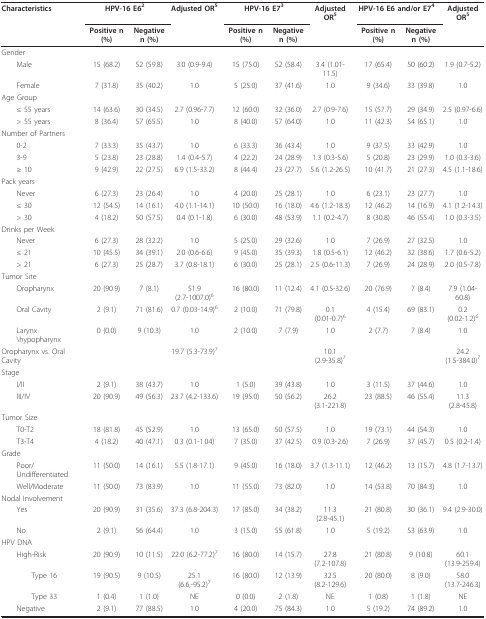
<table><thead><tr><td><b>Characteristics</b></td><td colspan="2"><b>HPV-16 E6<sup>2</sup></b></td><td><b>Adjusted OR<sup>5</sup></b></td><td colspan="2"><b>HPV-16 E7<sup>3</sup></b></td><td><b>Adjusted OR<sup>5</sup></b></td><td colspan="2"><b>HPV-16 E6 and/or E7<sup>4</sup></b></td><td><b>Adjusted OR<sup>5</sup></b></td></tr><tr><td></td><td><b>Positive n (%)</b></td><td><b>Negativen (%)</b></td><td></td><td><b>Positive n (%)</b></td><td><b>Negativen (%)</b></td><td></td><td><b>Positive n (%)</b></td><td><b>Negativen (%)</b></td><td></td></tr></thead><tbody><tr><td>Gender</td><td></td><td></td><td></td><td></td><td></td><td></td><td></td><td></td><td></td></tr><tr><td> Male</td><td>15 (68.2)</td><td>52 (59.8)</td><td>3.0 (0.9-9.4)</td><td>15 (75.0)</td><td>52 (58.4)</td><td>3.4 (1.01-11.5)</td><td>17 (65.4)</td><td>50 (60.2)</td><td>1.9 (0.7-5.2)</td></tr><tr><td> Female</td><td>7 (31.8)</td><td>35 (40.2)</td><td>1.0</td><td>5 (25.0)</td><td>37 (41.6)</td><td>1.0</td><td>9 (34.6)</td><td>33 (39.8)</td><td>1.0</td></tr><tr><td>Age Group</td><td></td><td></td><td></td><td></td><td></td><td></td><td></td><td></td><td></td></tr><tr><td> ≤ 55 years</td><td>14 (63.6)</td><td>30 (34.5)</td><td>2.7 (0.96-7.7)</td><td>12 (60.0)</td><td>32 (36.0)</td><td>2.7 (0.9-7.6)</td><td>15 (57.7)</td><td>29 (34.9)</td><td>2.5 (0.97-6.6)</td></tr><tr><td> &gt; 55 years</td><td>8 (36.4)</td><td>57 (65.5)</td><td>1.0</td><td>8 (40.0)</td><td>57 (64.0)</td><td>1.0</td><td>11 (42.3)</td><td>54 (65.1)</td><td>1.0</td></tr><tr><td>Number of Partners</td><td></td><td></td><td></td><td></td><td></td><td></td><td></td><td></td><td></td></tr><tr><td> 0-2</td><td>7 (33.3)</td><td>35 (43.7)</td><td>1.0</td><td>6 (33.3)</td><td>36 (43.4)</td><td>1.0</td><td>9 (37.5)</td><td>33 (42.9)</td><td>1.0</td></tr><tr><td> 3-9</td><td>5 (23.8)</td><td>23 (28.8)</td><td>1.4 (0.4-5.7)</td><td>4 (22.2)</td><td>24 (28.9)</td><td>1.3 (0.3-5.6)</td><td>5 (20.8)</td><td>23 (29.9)</td><td>1.0 (0.3-3.6)</td></tr><tr><td> ≥ 10</td><td>9 (42.9)</td><td>22 (27.5)</td><td>6.9 (1.5-33.2)</td><td>8 (44.4)</td><td>23 (27.7)</td><td>5.6 (1.2-26.5)</td><td>10 (41.7)</td><td>21 (27.3)</td><td>4.5 (1.1-18.6)</td></tr><tr><td>Pack years</td><td></td><td></td><td></td><td></td><td></td><td></td><td></td><td></td><td></td></tr><tr><td> Never</td><td>6 (27.3)</td><td>23 (26.4)</td><td>1.0</td><td>4 (20.0)</td><td>25 (28.1)</td><td>1.0</td><td>6 (23.1)</td><td>23 (27.7)</td><td>1.0</td></tr><tr><td> ≤ 30</td><td>12 (54.5)</td><td>14 (16.1)</td><td>4.0 (1.1-14.1)</td><td>10 (50.0)</td><td>16 (18.0)</td><td>4.6 (1.2-18.3)</td><td>12 (46.2)</td><td>14 (16.9)</td><td>4.1 (1.2-14.3)</td></tr><tr><td> &gt; 30</td><td>4 (18.2)</td><td>50 (57.5)</td><td>0.4 (0.1-1.8)</td><td>6 (30.0)</td><td>48 (53.9)</td><td>1.1 (0.2-4.7)</td><td>8 (30.8)</td><td>46 (55.4)</td><td>1.0 (0.3-3.5)</td></tr><tr><td>Drinks per Week</td><td></td><td></td><td></td><td></td><td></td><td></td><td></td><td></td><td></td></tr><tr><td> Never</td><td>6 (27.3)</td><td>28 (32.2)</td><td>1.0</td><td>5 (25.0)</td><td>29 (32.6)</td><td>1.0</td><td>7 (26.9)</td><td>27 (32.5)</td><td>1.0</td></tr><tr><td> ≤ 21</td><td>10 (45.5)</td><td>34 (39.1)</td><td>2.0 (0.6-6.6)</td><td>9 (45.0)</td><td>35 (39.3)</td><td>1.8 (0.5-6.1)</td><td>12 (46.2)</td><td>32 (38.6)</td><td>1.7 (0.6-5.2)</td></tr><tr><td> &gt; 21</td><td>6 (27.3)</td><td>25 (28.7)</td><td>3.7 (0.8-18.1)</td><td>6 (30.0)</td><td>25 (28.1)</td><td>2.5 (0.6-11.3)</td><td>7 (26.9)</td><td>24 (28.9)</td><td>2.0 (0.5-7.8)</td></tr><tr><td>Tumor Site</td><td></td><td></td><td></td><td></td><td></td><td></td><td></td><td></td><td></td></tr><tr><td> Oropharynx</td><td>20 (90.9)</td><td>7 (8.1)</td><td>51.9 (2.7-1007.0)<sup>6</sup></td><td>16 (80.0)</td><td>11 (12.4)</td><td>4.1 (0.5-32.6)</td><td>20 (76.9)</td><td>7 (8.4)</td><td>7.9 (1.04-60.8)</td></tr><tr><td> Oral Cavity</td><td>2 (9.1)</td><td>71 (81.6)</td><td>0.7 (0.03-14.9)<sup>6</sup></td><td>2 (10.0)</td><td>71 (79.8)</td><td>0.1 (0.01-0.7)<sup>6</sup></td><td>4 (15.4)</td><td>69 (83.1)</td><td>0.2 (0.02-1.2)<sup>6</sup></td></tr><tr><td> Larynx\hypopharynx</td><td>0 (0.0)</td><td>9 (10.3)</td><td>1.0</td><td>2 (10.0)</td><td>7 (7.9)</td><td>1.0</td><td>2 (7.7)</td><td>7 (8.4)</td><td>1.0</td></tr><tr><td>Oropharynx vs. Oral Cavity</td><td></td><td></td><td>19.7 (5.3-73.9)<sup>7</sup></td><td></td><td></td><td>10.1 (2.9-35.8)<sup>7</sup></td><td></td><td></td><td>24.2 (1.5-384.0)<sup>7</sup></td></tr><tr><td>Stage</td><td></td><td></td><td></td><td></td><td></td><td></td><td></td><td></td><td></td></tr><tr><td> I/II</td><td>2 (9.1)</td><td>38 (43.7)</td><td>1.0</td><td>1 (5.0)</td><td>39 (43.8)</td><td>1.0</td><td>3 (11.5)</td><td>37 (44.6)</td><td>1.0</td></tr><tr><td> III/IV</td><td>20 (90.9)</td><td>49 (56.3)</td><td>23.7 (4.2-133.6)</td><td>19 (95.0)</td><td>50 (56.2)</td><td>26.2 (3.1-221.8)</td><td>23 (88.5)</td><td>46 (55.4)</td><td>11.3 (2.8-45.8)</td></tr><tr><td>Tumor Size</td><td></td><td></td><td></td><td></td><td></td><td></td><td></td><td></td><td></td></tr><tr><td> T0-T2</td><td>18 (81.8)</td><td>45 (52.9)</td><td>1.0</td><td>13 (65.0)</td><td>50 (57.5)</td><td>1.0</td><td>19 (73.1)</td><td>44 (54.3)</td><td>1.0</td></tr><tr><td> T3-T4</td><td>4 (18.2)</td><td>40 (47.1)</td><td>0.3 (0.1-1.04)</td><td>7 (35.0)</td><td>37 (42.5)</td><td>0.9 (0.3-2.6)</td><td>7 (26.9)</td><td>37 (45.7)</td><td>0.5 (0.2-1.4)</td></tr><tr><td>Grade</td><td></td><td></td><td></td><td></td><td></td><td></td><td></td><td></td><td></td></tr><tr><td> Poor/Undifferentiated</td><td>11 (50.0)</td><td>14 (16.1)</td><td>5.5 (1.8-17.1)</td><td>9 (45.0)</td><td>16 (18.0)</td><td>3.7 (1.3-11.1)</td><td>12 (46.2)</td><td>13 (15.7)</td><td>4.8 (1.7-13.7)</td></tr><tr><td> Well/Moderate</td><td>11 (50.0)</td><td>73 (83.9)</td><td>1.0</td><td>11 (55.0)</td><td>73 (82.0)</td><td>1.0</td><td>14 (53.8)</td><td>70 (84.3)</td><td>1.0</td></tr><tr><td>Nodal Involvement</td><td></td><td></td><td></td><td></td><td></td><td></td><td></td><td></td><td></td></tr><tr><td> Yes</td><td>20 (90.9)</td><td>31 (35.6)</td><td>37.3 (6.8-204.3)</td><td>17 (85.0)</td><td>34 (38.2)</td><td>11.3 (2.8-45.1)</td><td>21 (80.8)</td><td>30 (36.1)</td><td>9.4 (2.9-30.0)</td></tr><tr><td> No</td><td>2 (9.1)</td><td>56 (64.4)</td><td>1.0</td><td>3 (15.0)</td><td>55 (61.8)</td><td>1.0</td><td>5 (19.2)</td><td>53 (63.9)</td><td>1.0</td></tr><tr><td>HPV DNA</td><td></td><td></td><td></td><td></td><td></td><td></td><td></td><td></td><td></td></tr><tr><td> High-Risk</td><td>20 (90.9)</td><td>10 (11.5)</td><td>22.0 (6.2-77.2)<sup>7</sup></td><td>16 (80.0)</td><td>14 (15.7)</td><td>27.8 (7.2-107.8)</td><td>21 (80.8)</td><td>9 (10.8)</td><td>60.1 (13.9-259.4)</td></tr><tr><td>Type 16</td><td>19 (90.5)</td><td>9 (10.5)</td><td>25.1 (6.6,-95.2)<sup>7</sup></td><td>16 (80.0)</td><td>12 (13.9)</td><td>32.5 (8.2-129.6)</td><td>20 (80.0)</td><td>8 (9.0)</td><td>58.0 (13.7-246.3)</td></tr><tr><td>Type 33</td><td>1 (0.4)</td><td>1 (1.0)</td><td>NE</td><td>0 (0.0)</td><td>2 (1.8)</td><td>NE</td><td>1 (0.8)</td><td>1 (1.8)</td><td>NE</td></tr><tr><td> Negative</td><td>2 (9.1)</td><td>77 (88.5)</td><td>1.0</td><td>4 (20.0)</td><td>75 (84.3)</td><td>1.0</td><td>5 (19.2)</td><td>74 (89.2)</td><td>1.0</td></tr></tbody></table>